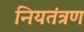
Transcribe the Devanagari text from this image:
नियतंत्रण